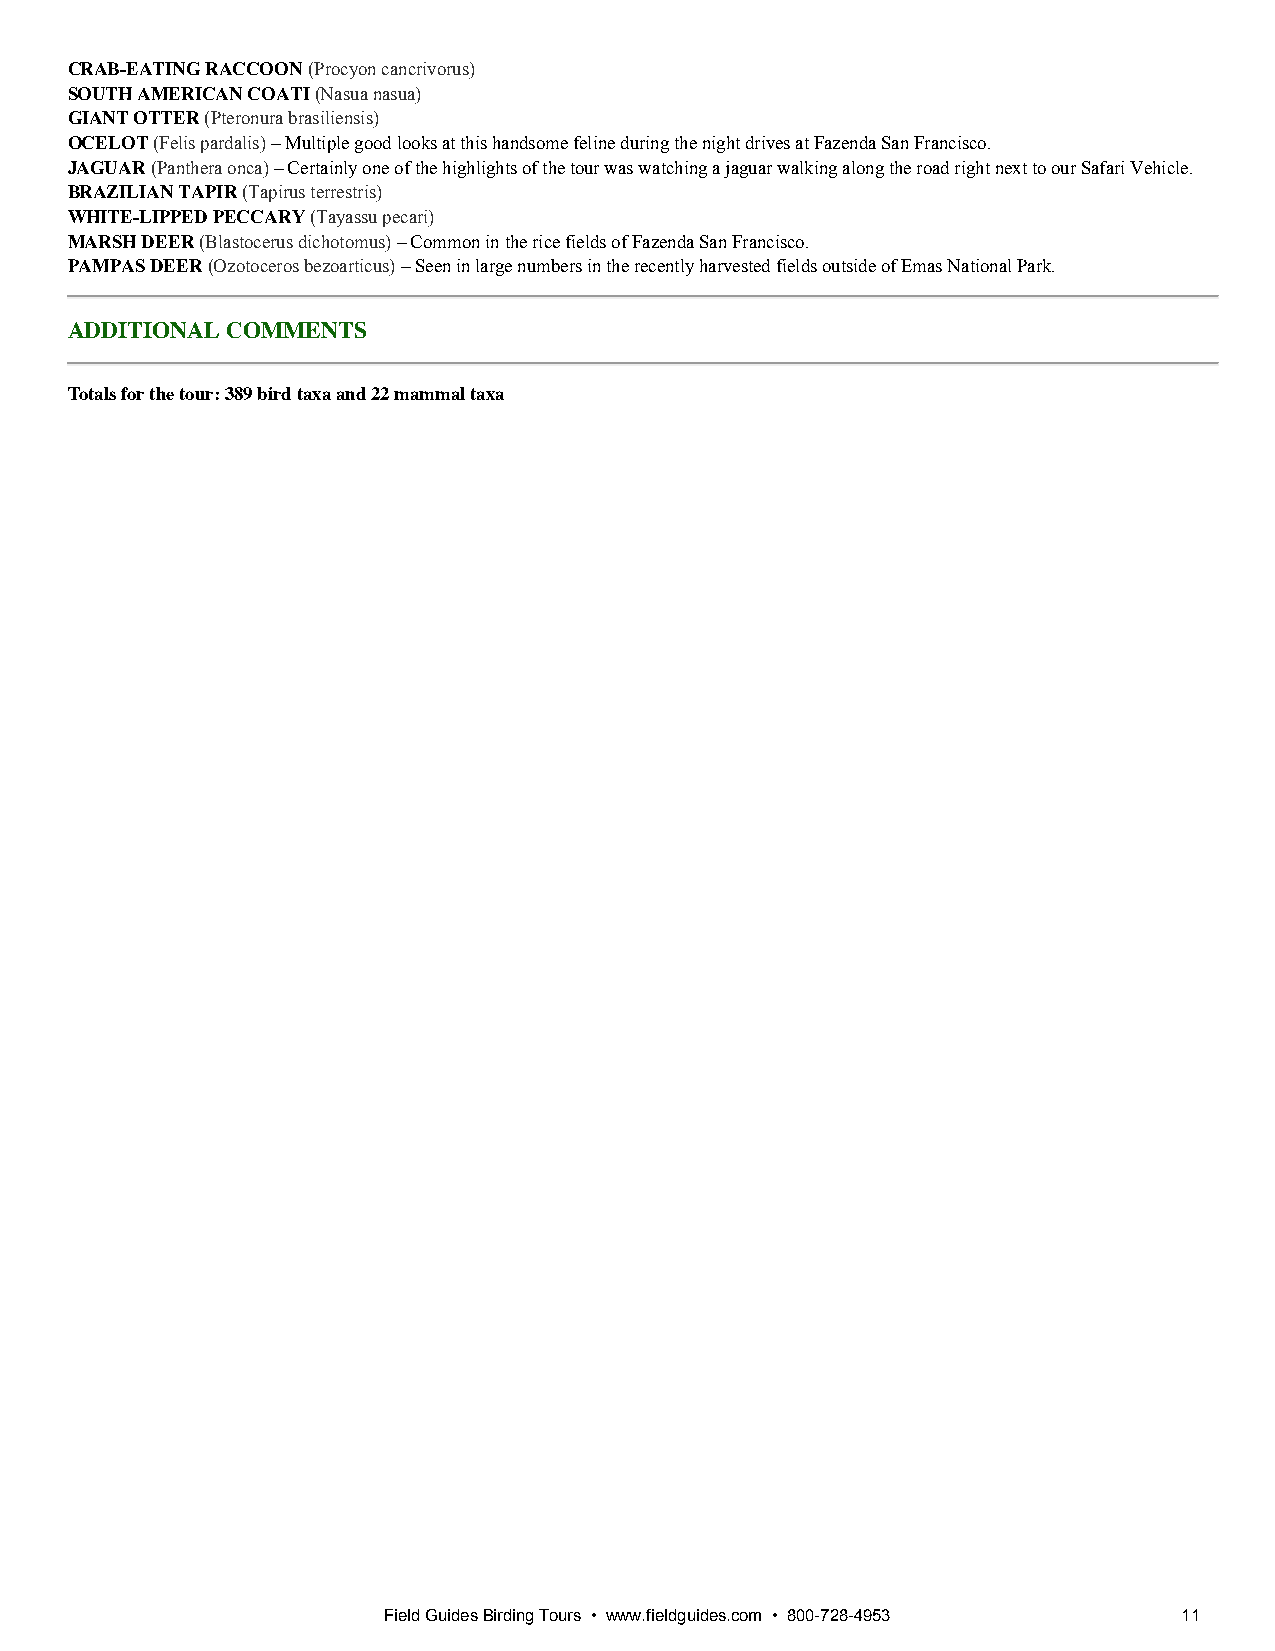
CRAB­EATING RACCOON (Procyon cancrivorus)
 SOUTH AMERICAN COATI (Nasua nasua)
 GIANT OTTER (Pteronura brasiliensis)
 OCELOT (Felis pardalis) – Multiple good looks at this handsome feline during the night drives at Fazenda San Francisco.
 JAGUAR (Panthera onca) – Certainly one of the highlights of the tour was watching a jaguar walking along the road right next to our Safari Vehicle.
 BRAZILIAN TAPIR (Tapirus terrestris)
 WHITE­LIPPED PECCARY (Tayassu pecari)
 MARSH DEER (Blastocerus dichotomus) – Common in the rice fields of Fazenda San Francisco.
 PAMPAS DEER (Ozotoceros bezoarticus) – Seen in large numbers in the recently harvested fields outside of Emas National Park.
 ADDITIONAL COMMENTS
 Totals for the tour: 389 bird taxa and 22 mammal taxa
 Field Guides Birding Tours • www.fieldguides.com • 800-728-4953 11